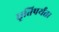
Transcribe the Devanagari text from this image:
धृतिपर्यंत।